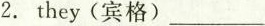
2. they(宾格)____